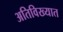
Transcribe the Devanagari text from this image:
अतिविख्यात